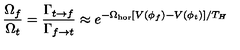
{ \frac { \Omega _ { f } } { \Omega _ { t } } } = { \frac { \Gamma _ { t \rightarrow f } } { \Gamma _ { f \rightarrow t } } } \approx e ^ { - \Omega _ { \mathrm { h o r } } [ V ( \phi _ { f } ) - V ( \phi _ { t } ) ] / T _ { H } }